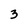
Character: 3